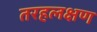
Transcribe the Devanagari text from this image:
तरहलक्षण